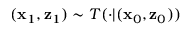
( \mathbf { x } _ { 1 } , \mathbf { z } _ { 1 } ) \sim T ( \cdot | ( \mathbf { x } _ { 0 } , \mathbf { z } _ { 0 } ) )